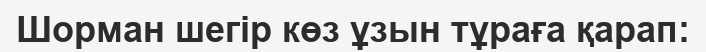
Шорман шегір көз ұзын тұраға қарап: